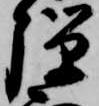
弾